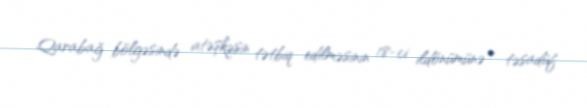
Qarabağ bölgəsində atəşkəsin tətbiq edilməsinin 18-ci ildönümünə - təsadüf